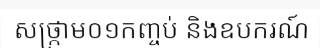
សថ្ក្រាម០១កញ្ចប់ និងឧបករណ៍